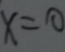
x = 0